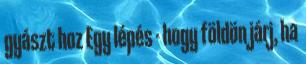
gyászt hoz Egy lépés - hogy földön járj, ha